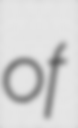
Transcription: of